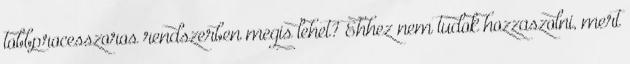
tobbprocesszoros rendszerben megis lehet? Ehhez nem tudok hozzaszolni, mert